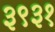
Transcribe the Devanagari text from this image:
३९३१